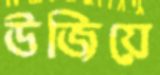
উজিয়ে